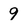
Character: 9